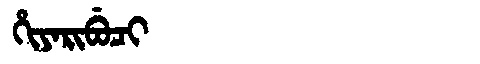
Manchu: ᡥᡳᠶᠠᡵᡳᠪᡠᠴᡳ
Romanization: HIYARIBUCI